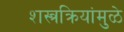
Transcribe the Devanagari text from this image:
शस्त्रक्रियांमुळे